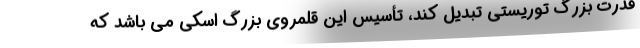
قدرت بزرگ توریستی تبدیل کند، تأسیس این قلمروی بزرگ اسکی می باشد که